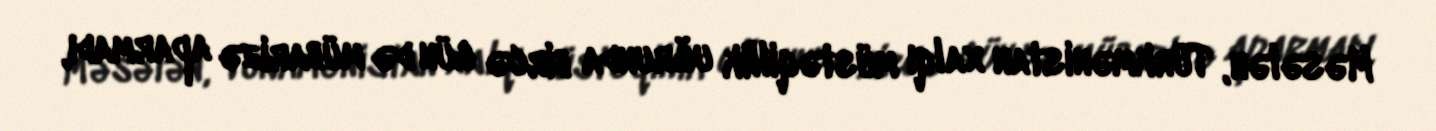
Məsələn, Türkmənistan xalqı müstəqillik uğrunda bircə gün də mübarizə aparmadı,